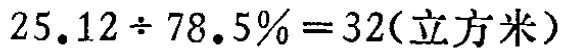
\(25.12\div 78.5\% = 32(\text{立方米})\)